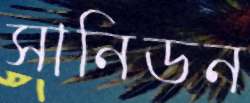
সানিডন